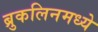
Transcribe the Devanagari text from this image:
ब्रुकलिनमध्ये